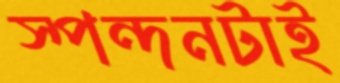
স্পন্দনটাই